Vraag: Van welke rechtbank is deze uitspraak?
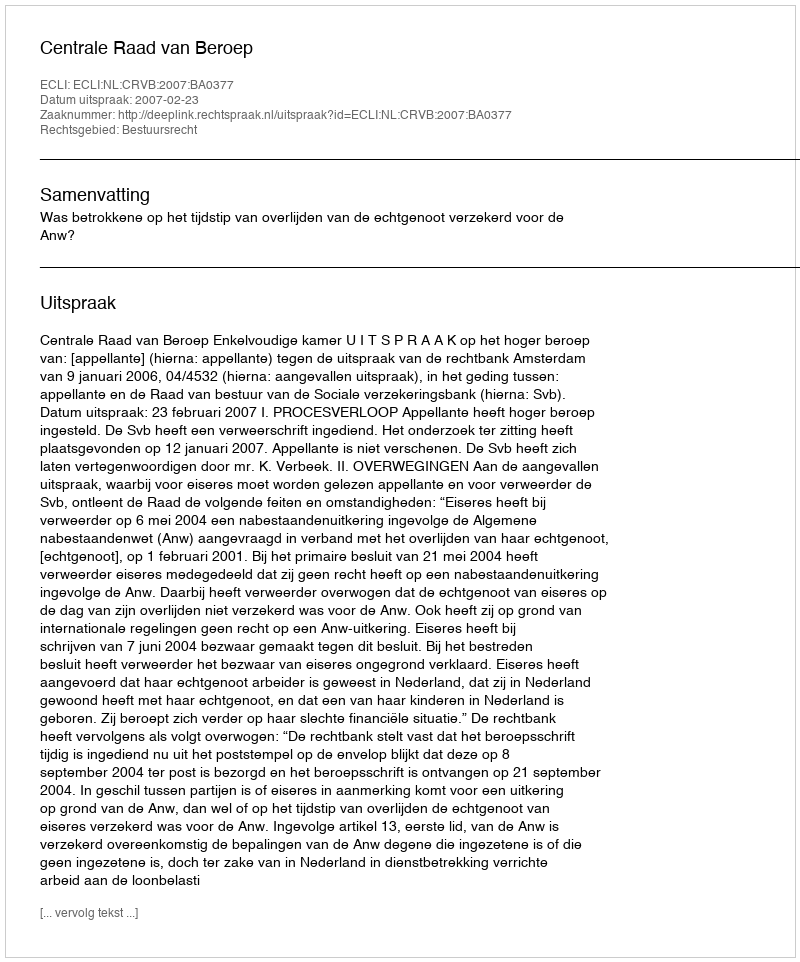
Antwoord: Centrale Raad van Beroep